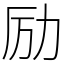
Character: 励